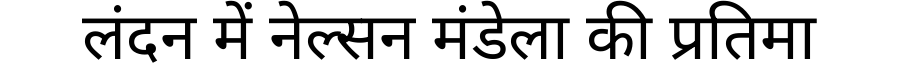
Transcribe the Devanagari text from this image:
लंदन में नेल्सन मंडेला की प्रतिमा